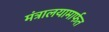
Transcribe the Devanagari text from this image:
मंत्रालयामार्फत